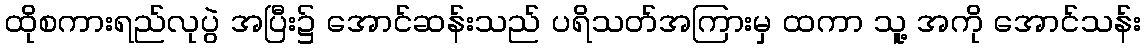
ထိုစကားရည်လုပွဲ အပြီး၌ အောင်ဆန်းသည် ပရိသတ်အကြားမှ ထကာ သူ့ အကို အောင်သန်း